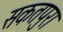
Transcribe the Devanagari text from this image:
सकतपुरा